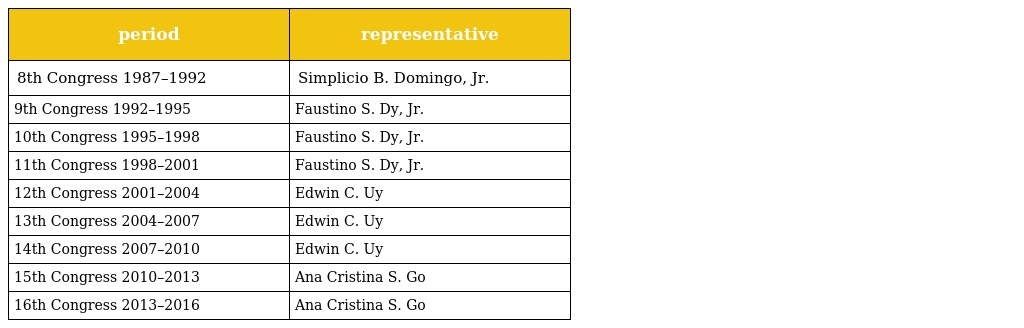
| period | representative |
 | --- | --- |
 | 8th Congress 1987–1992 | Simplicio B. Domingo, Jr. |
 | 9th Congress 1992–1995 | Faustino S. Dy, Jr. |
 | 10th Congress 1995–1998 | Faustino S. Dy, Jr. |
 | 11th Congress 1998–2001 | Faustino S. Dy, Jr. |
 | 12th Congress 2001–2004 | Edwin C. Uy |
 | 13th Congress 2004–2007 | Edwin C. Uy |
 | 14th Congress 2007–2010 | Edwin C. Uy |
 | 15th Congress 2010–2013 | Ana Cristina S. Go |
 | 16th Congress 2013–2016 | Ana Cristina S. Go |